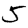
Digit: 5